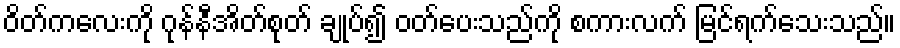
ဝိတ်ကလေးကို ဂုန်နီအိတ်စုတ် ချုပ်၍ ဝတ်ပေးသည်ကို စကားလက် မြင်ရက်သေးသည်။